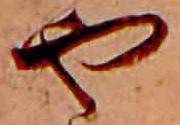
や